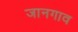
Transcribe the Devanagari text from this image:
जानगाव